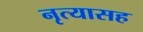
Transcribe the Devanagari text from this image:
नृत्यासह